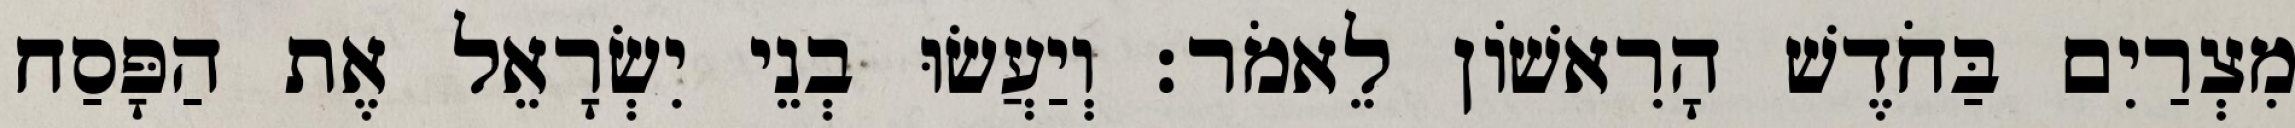
מִצְרַיִם בַּחֹדֶשׁ הָרִאשׁוֹן לֵאמֹר׃ וְיַעֲשׂוּ בְנֵי יִשְׂרָאֵל אֶת הַפָּסַח